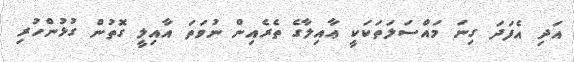
އަދި އެފަދަ ގިނަ މައްސަލަތަކަކީ ޢާއިލާގެ ތެރެއިން ނުވަތަ އާއިލީ ގޮތުން ގުޅުންހުރި